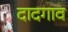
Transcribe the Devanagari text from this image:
दादगाव